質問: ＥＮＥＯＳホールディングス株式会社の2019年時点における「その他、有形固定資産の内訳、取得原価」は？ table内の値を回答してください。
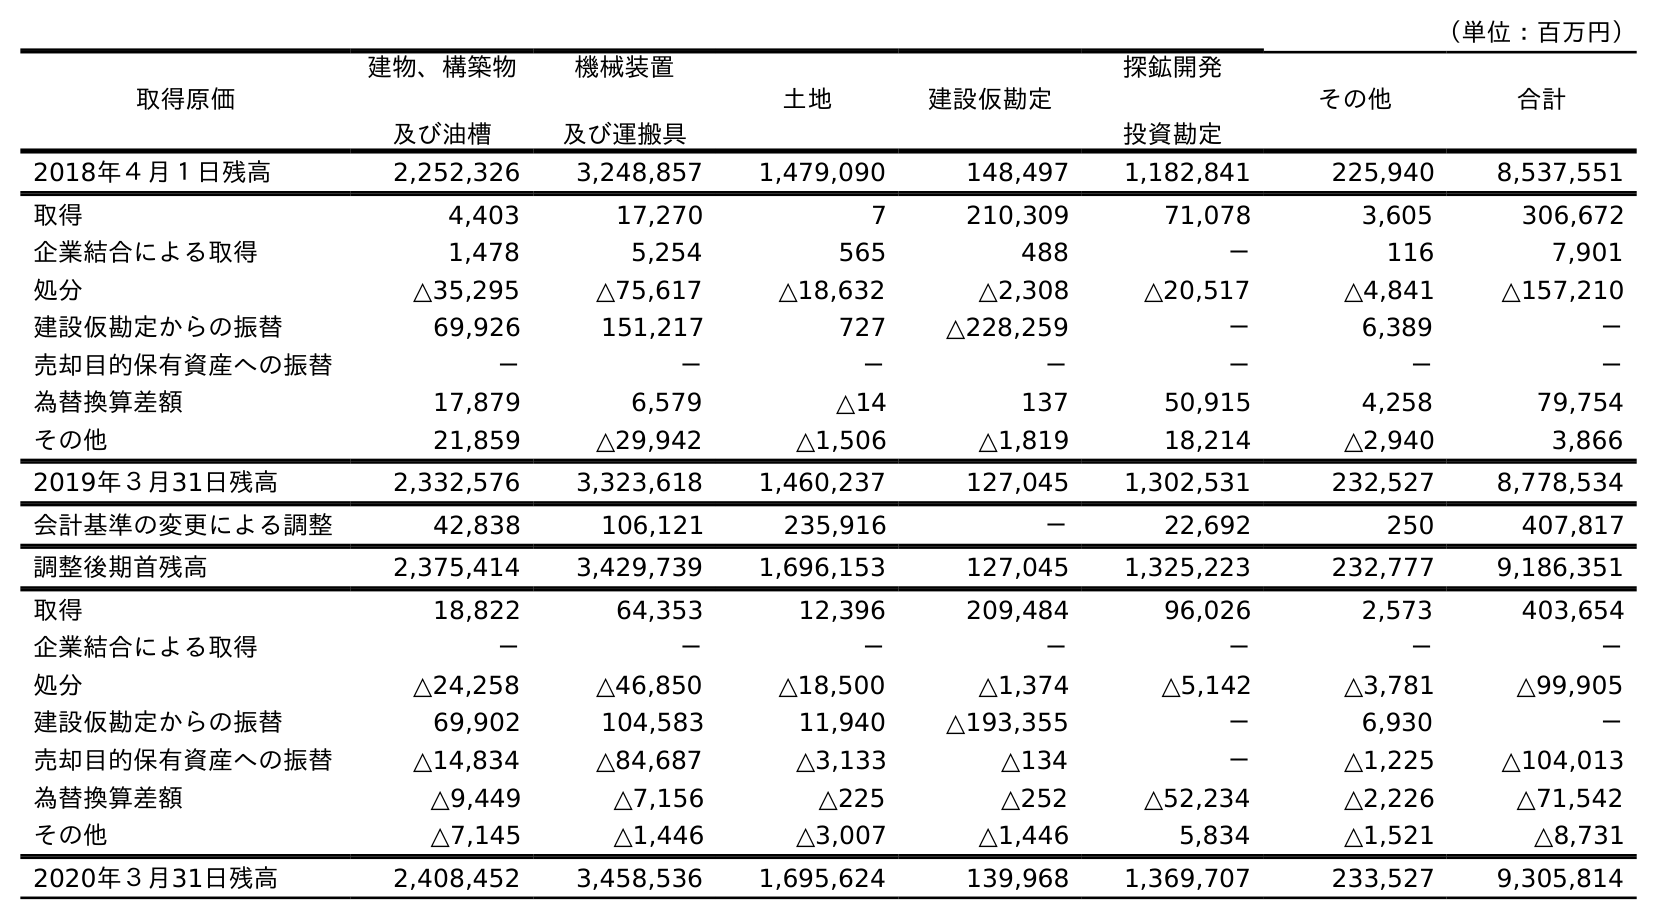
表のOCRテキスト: （単位：百万円） 取得原価 建物、構築物 及び油槽 機械装置 及び運搬具 土地 建設仮勘定 探鉱開発 投資勘定 その他 合計 2018年４月１日残高 2,252,326 3,248,857 1,479,090 148,497 1,182,841 225,940 8,537,551 取得 4,403 17,270 7 210,309 71,078 3,605 306,672 企業結合による取得 1,478 5,254 565 488 － 116 7,901 処分 △35,295 △75,617 △18,632 △2,308 △20,517 △4,841 △157,210 建設仮勘定からの振替 69,926 151,217 727 △228,259 － 6,389 － 売却目的保有資産への振替 － － － － － － － 為替換算差額 17,879 6,579 △14 137 50,915 4,258 79,754 その他 21,859 △29,942 △1,506 △1,819 18,214 △2,940 3,866 2019年３月31日残高 2,332,576 3,323,618 1,460,237 127,045 1,302,531 232,527 8,778,534 会計基準の変更による調整 42,838 106,121 235,916 － 22,692 250 407,817 調整後期首残高 2,375,414 3,429,739 1,696,153 127,045 1,325,223 232,777 9,186,351 取得 18,822 64,353 12,396 209,484 96,026 2,573 403,654 企業結合による取得 － － － － － － － 処分 △24,258 △46,850 △18,500 △1,374 △5,142 △3,781 △99,905 建設仮勘定からの振替 69,902 104,583 11,940 △193,355 － 6,930 － 売却目的保有資産への振替 △14,834 △84,687 △3,133 △134 － △1,225 △104,013 為替換算差額 △9,449 △7,156 △225 △252 △52,234 △2,226 △71,542 その他 △7,145 △1,446 △3,007 △1,446 5,834 △1,521 △8,731 2020年３月31日残高 2,408,452 3,458,536 1,695,624 139,968 1,369,707 233,527 9,305,814
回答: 232,527